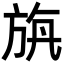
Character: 𣃯